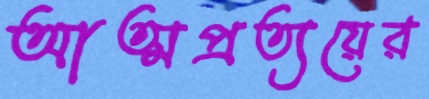
আত্মপ্রত্যয়ের